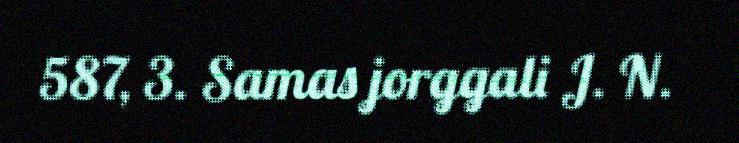
587, 3. Samas jorggali J. N.